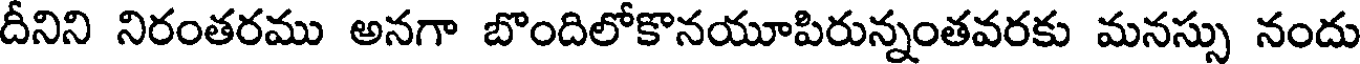
దీనిని నిరంతరము అనగా బొందిలోకొనయూపిరున్నంతవరకు మనస్సు నందు